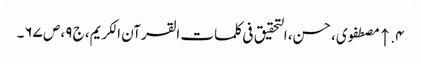
۴. ↑ مصطفوی، حسن، التحقیق فی کلمات القرآن الکریم، ج ۹، ص ۶۷۔